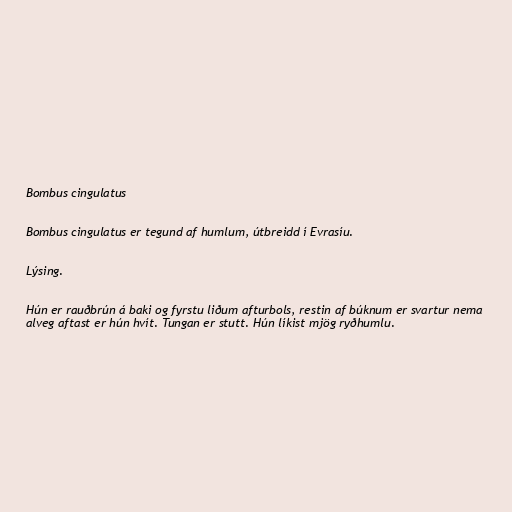
Bombus cingulatus

Bombus cingulatus er tegund af humlum, útbreidd í Evrasíu.

Lýsing.

Hún er rauðbrún á baki og fyrstu liðum afturbols, restin af búknum er svartur nema
alveg aftast er hún hvít. Tungan er stutt. Hún líkist mjög ryðhumlu.